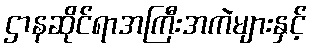
ဌာနဆိုင်ရာအကြီးအကဲများနှင့်